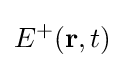
E^{+}(\mathbf {r} ,t)